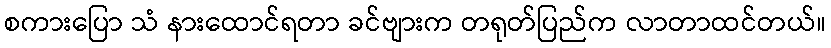
စကားပြော သံ နားထောင်ရတာ ခင်ဗျားက တရုတ်ပြည်က လာတာထင်တယ်။